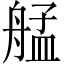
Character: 艋